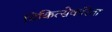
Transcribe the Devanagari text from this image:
चिकित्सेकरिता